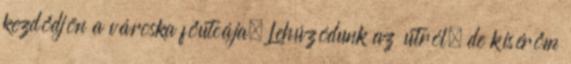
kezdődjön a városka főutcája. Lehúzódunk az útról, de kísérőm